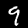
Label: 9